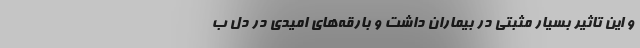
و این تاثیر بسیار مثبتی در بیماران داشت و بارقه‌های امیدی در دل ب